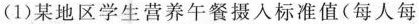
(1)某地区学生营养午餐摄入标准值(每人每